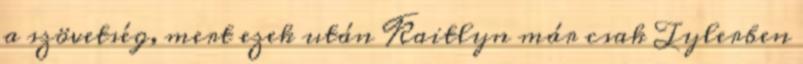
a szövetség, mert ezek után Kaitlyn már csak Tylerben